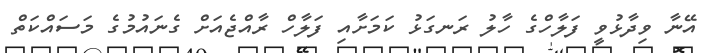
އޭނާ ވިދާޅުވީ ފަލާހްގެ ހާލު ރަނގަޅު ކަމަށާއި ފަލާހް ރާއްޖެއަށް ގެނައުމުގެ މަސައްކަތް